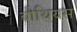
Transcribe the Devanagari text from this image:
बीथियस